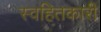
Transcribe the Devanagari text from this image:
स्वहितकारी